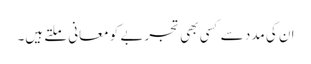
ان کی مدد سے کسی بھی تجربے کو معانی ملتے ہیں۔